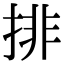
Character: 排